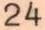
24